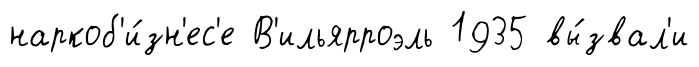
наркоб'и́зн'ес'е В'ильярроэль 1935 вы́звал'и